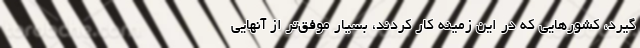
گیرد، کشورهایی که در این زمینه کار کردند، بسیار موفق‌تر از آنهایی